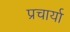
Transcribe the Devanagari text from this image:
प्रचार्या